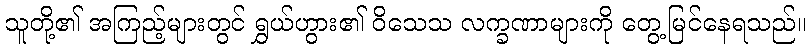
သူတို့၏ အကြည့်များတွင် ရွှယ်ဟွား၏ ဝိသေသ လက္ခဏာများကို တွေ့မြင်နေရသည်။